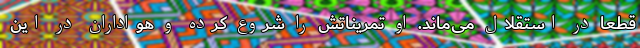
قطعا در استقلال می‌ماند. او تمریناتش را شروع کرده و هواداران در این